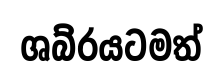
ශබ්රයටමත්